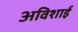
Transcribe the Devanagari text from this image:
अविशाई